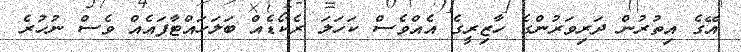
އޭގެ އިތުރުން ދަރިވަރުންގެ ހާޒިރީގެ އެއްވެސް ކަހަލަ ރެކޯޑެއް ބަލަހައްޓާފައެއް ވެސް ނުހުރެ